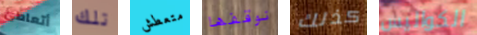
أتعاطى تلك متعطش نوقفها كذلك الكواليس